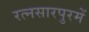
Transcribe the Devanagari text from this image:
रत्नसारपुरमें